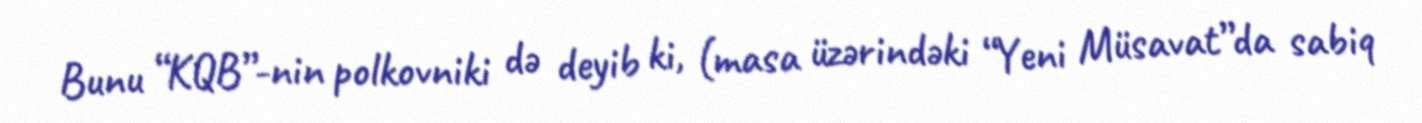
Bunu “KQB”-nin polkovniki də deyib ki, (masa üzərindəki “Yeni Müsavat”da sabiq